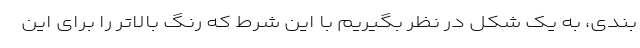
بندی، به یک شکل در نظر بگیریم با این شرط که رنگ بالاتر را برای این